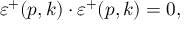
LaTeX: \varepsilon ^ { + } ( p , k ) \cdot \varepsilon ^ { + } ( p , k ) = 0 ,